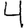
Digit: 4